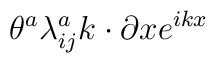
\theta ^{a}\lambda _{ij}^{a}k\cdot \partial xe^{ikx}